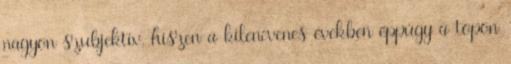
nagyon szubjektív, hiszen a kilencvenes években éppúgy a topon